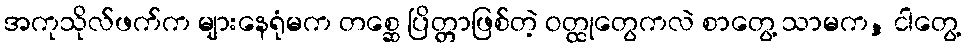
အကုသိုလ်ဖက်က များနေရုံမက တစ္ဆေ ပြိတ္တာဖြစ်တဲ့ ဝတ္ထုတွေကလဲ စာတွေ့ သာမက, ငါတွေ့